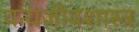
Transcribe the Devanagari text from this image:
वन्यजीवशास्त्र